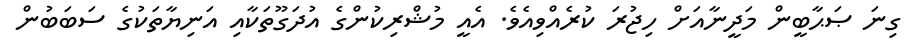
ގިނަ ޞަޙާބީން މަދީނާއަށް ހިޖުރަ ކުރެއްވިއެވެ. އެއީ މުޝްރިކުންގެ އުދަގޫތަކާއި އަނިޔާތަކުގެ ސަބަބުން